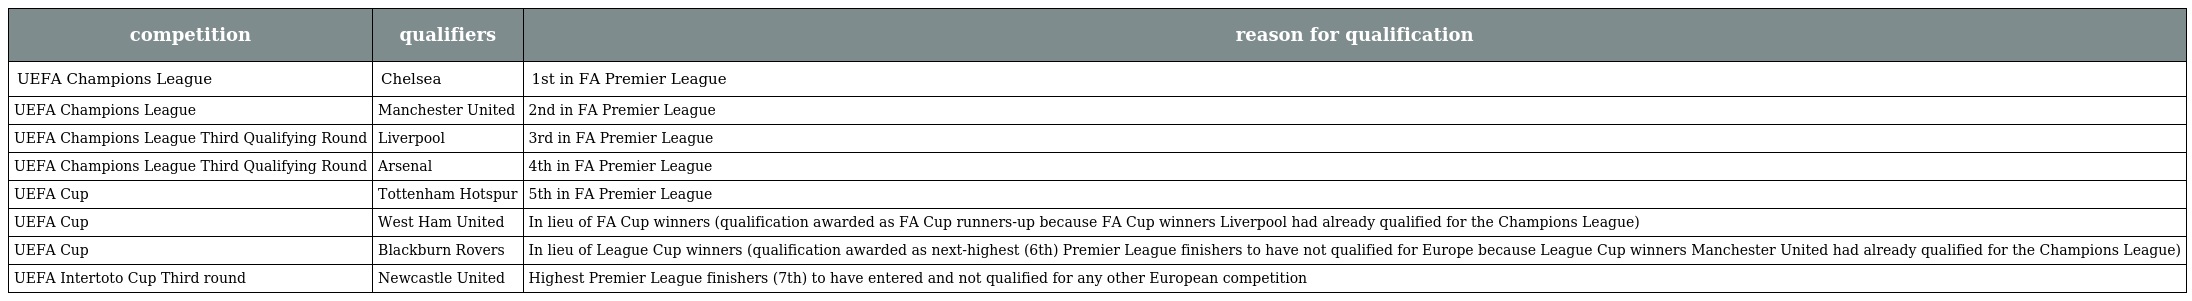
| competition | qualifiers | reason for qualification |
 | --- | --- | --- |
 | UEFA Champions League | Chelsea | 1st in FA Premier League |
 | UEFA Champions League | Manchester United | 2nd in FA Premier League |
 | UEFA Champions League Third Qualifying Round | Liverpool | 3rd in FA Premier League |
 | UEFA Champions League Third Qualifying Round | Arsenal | 4th in FA Premier League |
 | UEFA Cup | Tottenham Hotspur | 5th in FA Premier League |
 | UEFA Cup | West Ham United | In lieu of FA Cup winners (qualification awarded as FA Cup runners-up because FA Cup winners Liverpool had already qualified for the Champions League) |
 | UEFA Cup | Blackburn Rovers | In lieu of League Cup winners (qualification awarded as next-highest (6th) Premier League finishers to have not qualified for Europe because League Cup winners Manchester United had already qualified for the Champions League) |
 | UEFA Intertoto Cup Third round | Newcastle United | Highest Premier League finishers (7th) to have entered and not qualified for any other European competition |